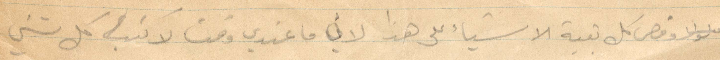
وقص كل بقية الأشياء على هذا لأن ما عندي وقت لاكتب كل شيء